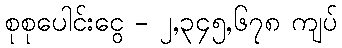
စုစုပေါင်းငွေ - ၂,၃၄၅,၆၇၈ ကျပ်